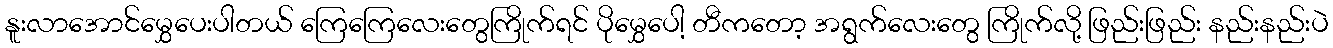
နူးလာအောင်မွှေပေးပါတယ် ကြေကြေလေးတွေကြိုက်ရင် ပိုမွှေပေါ့ တီကတော့ အရွက်လေးတွေ ကြိုက်လို့ ဖြည်းဖြည်း နည်းနည်းပဲ